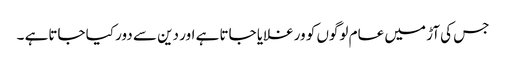
جس کی آڑ میں عام لوگوں کو ورغلایا جاتا ہے اور دین سے دور کیا جاتاہے ۔